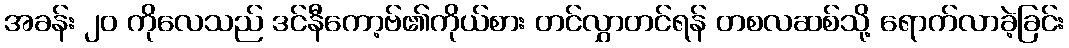
အခန်း ၂၀ ကိုလေသည် ဒင်နီကော့ဗ်၏ကိုယ်စား တင်လွှာတင်ရန် တစလဆစ်သို့ ရောက်လာခဲ့ခြင်း